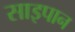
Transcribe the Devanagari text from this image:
साइपान